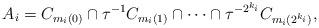
LaTeX: \begin{align*} A_i=C_{m_i(0)}\cap\tau^{-1}C_{m_i(1)}\cap\dots\cap\tau^{-2^{k_i}}C_{m_i(2^{k_i})},\end{align*}